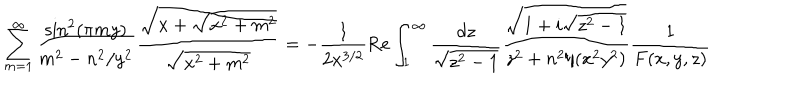
LaTeX: \sum _ { m = 1 } ^ { \infty } \frac { \sin ^ { 2 } ( \pi m y ) } { m ^ { 2 } - n ^ { 2 } / y ^ { 2 } } \frac { \sqrt { x + \sqrt { x ^ { 2 } + m ^ { 2 } } } } { \sqrt { x ^ { 2 } + m ^ { 2 } } } = - \frac { 1 } { 2 x ^ { 3 / 2 } } \mathrm { R e } \int _ { 1 } ^ { \infty } \frac { d z } { \sqrt { z ^ { 2 } - 1 } } \frac { \sqrt { 1 + i \sqrt { z ^ { 2 } - 1 } } } { z ^ { 2 } + n ^ { 2 } / ( x ^ { 2 } y ^ { 2 } ) } \frac { 1 } { F ( x , y , z ) }